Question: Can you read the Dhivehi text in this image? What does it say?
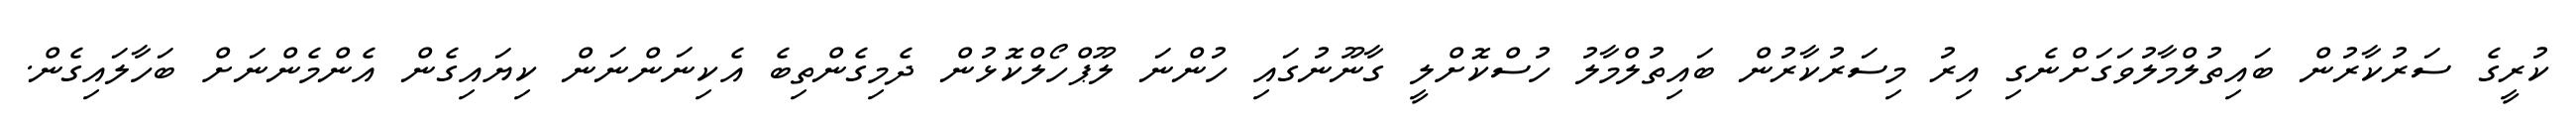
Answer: ކުރީގެ ސަރުކާރުން ބައިތުލްމާލުވަގަށްނެގި އިރު މިސަރުކާރުން ބައިތުލްމާލު ހުސްކޮށްލީ ގާނޫނުގައި ހުންނަ ލޫޕްހޯލްކޮޅުން ދެމިގެންތިބެ އެކިނަންނަން ކިޔައިގެން އެންމެންނަށް ބަހާލައިގެން.